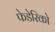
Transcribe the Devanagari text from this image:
फेडेरिको